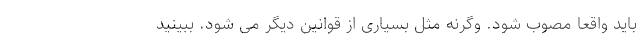
باید واقعا مصوب شود. وگرنه مثل بسیاری از قوانین دیگر می شود. ببینید